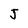
Character: J